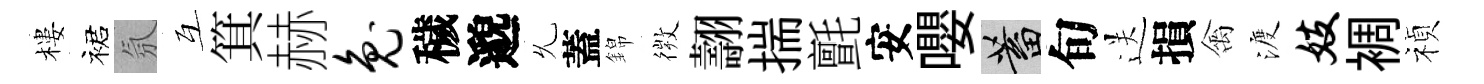
樓裙氛互箕赫兔穢邈𠃔蓋錦𢕄翿揣氈安嚶蓄旬送損禽渡妓裯禎